Annual report of the Imperial Bacteriological Laboratory, Muktesar
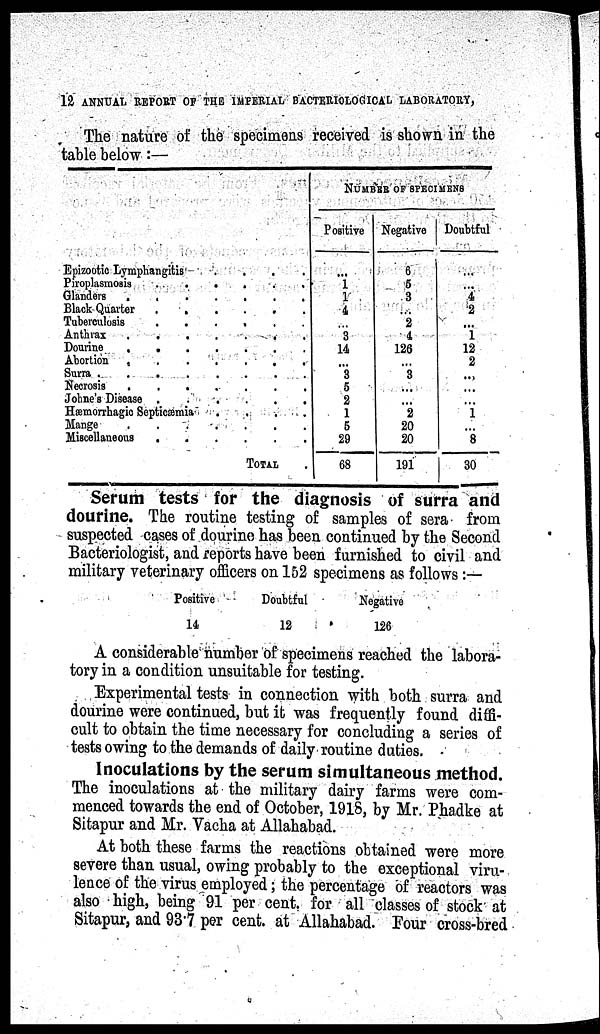
12 ANNUAL REPORT OF THE IMPERIAL BACTERIOLOGICAL LABORATORY,
The nature of the specimens received is shown in the
table below:—
Epizootic
Lymphangitis
....
Piroplasmosis
......
Glanders
........
Black Quarter
......
Tuberculosis
......
Anthrax
....
Dourine
Abortion
.
.....
Surra
........
Necrosis
Johne's Disease
......
Hæmorrhagic Septicæmia
....
Mange
Miscellaneous
......
TOTAL
NUMBER OF SPECIMENS
Positive
1
1
4
...
3
14
...
3
5
2
1
5
29
68
Negative
6
5
3
...
2
4
126
...
3
...
...
2
20
20
191
Doubtful
...
...
4
2
...
1
12
2
...
...
...
1
...
8
30
Serum tests for the diagnosis of surra and
dourine. The routine testing of samples of sera from
suspected cases of dourine has been continued by the Second
Bacteriologist, and reports have been furnished to civil and
military veterinary officers on 152 specimens as follows:—
Positive
14
Doubtful
12
Negative
126
A considerable number of specimens reached the labora-
tory in a condition unsuitable for testing.
Experimental tests in connection with both surra and
dourine were continued, but it was frequently found diffi-
cult to obtain the time necessary for concluding a series of
tests owing to the demands of daily routine duties.
Inoculations by the serum simultaneous method.
The inoculations at the military dairy farms were com-
menced towards the end of October, 1918, by Mr. Phadke at
Sitapur and Mr. Vacha at Allahabad.
At both these farms the reactions obtained were more
severe than usual, owing probably to the exceptional viru-
lence of the virus employed; the percentage of reactors was
also high, being 91 per cent. for all classes of stock at
Sitapur, and 93.7 per cent. at Allahabad. Four cross-bred